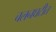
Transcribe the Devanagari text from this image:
चलनघटीत